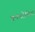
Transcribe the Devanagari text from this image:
काथोडिया